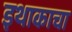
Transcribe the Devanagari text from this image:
इथाकाचा